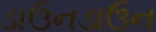
ડાઉનડાઉન